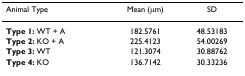
<table><thead><tr><td><b>Animal Type</b></td><td><b>Mean (μm)</b></td><td><b>SD</b></td></tr></thead><tbody><tr><td><b>Type 1: </b>WT + A</td><td>182.5761</td><td>48.53183</td></tr><tr><td><b>Type 2: </b>KO + A</td><td>225.4123</td><td>54.00269</td></tr><tr><td><b>Type 3: </b>WT</td><td>121.3074</td><td>30.88762</td></tr><tr><td><b>Type 4: </b>KO</td><td>136.7142</td><td>30.33236</td></tr></tbody></table>